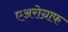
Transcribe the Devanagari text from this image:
एअरोग्राफ